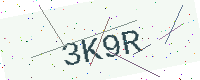
Text: 3K9R